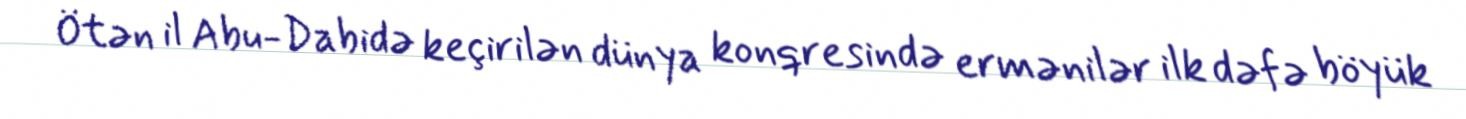
Ötən il Abu-Dabidə keçirilən dünya konqresində ermənilər ilk dəfə böyük